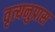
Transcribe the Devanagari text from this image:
वृत्यनुप्रास